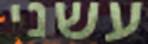
עשני